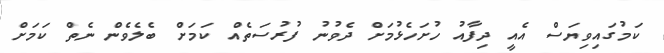
ކަމުގައިވިޔަސް އެއީ ދިފާއު ހުށަހެޅުމަށް ދެވުނު ފުރުސަތެއް ކަމަށް ބެލެވެން ނެތް ކަމަށް